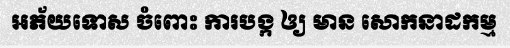
អភ័យទោស ចំពោះ ការបង្ក ឲ្យ មាន សោកនាដកម្ម